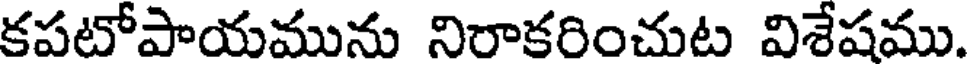
కపటోపాయమును నిరాకరించుట విశేషము.